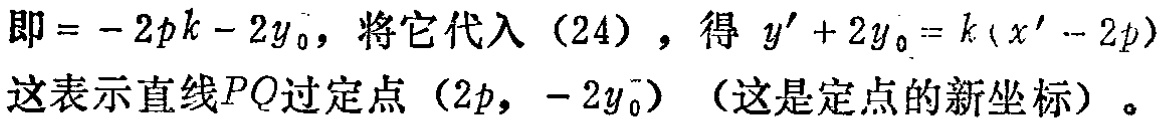
即\(= - 2pk - 2y_{0}\)，将它代入（24），得 \(y'+2y_{0}=k(x' - 2p)\)这表示直线\(PQ\)过定点\((2p, - 2y_{0})\)（这是定点的新坐标）。